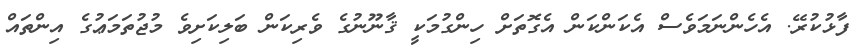
ފާޅުކުރޭ. އެހެންނަމަވެސް އެކަންކަން އެގޮތަށް ހިންގުމަކީ ޤާނޫނުގެ ވެރިކަން ބަލިކަށިވެ މުޖުތަމަޢުގެ އިންތައް